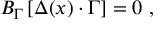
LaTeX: { \cal B } _ { \Gamma } \left[ \Delta ( x ) \cdot \Gamma \right] = 0 \, \, ,